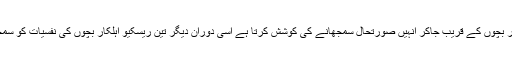
ایک فائر فائٹر بچوں کے قریب جاکر انہیں صورتحال سمجھانے کی کوشش کرتا ہے اسی دوران دیگر تین ریسکیو اہلکار بچوں کی نفسیات کو سمجھ جاتے ہیں۔